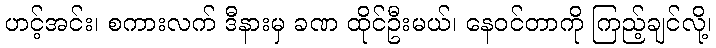
ဟင့်အင်း၊ စကားလက် ဒီနားမှ ခဏ ထိုင်ဦးမယ်၊ နေဝင်တာကို ကြည့်ချင်လို့၊